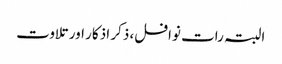
البتہ رات نوافل، ذکر اذکار اور تلاوت